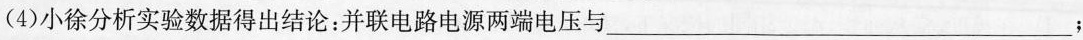
(4)小徐分析实验数据得出结论：并联电路电源两端电压与___；